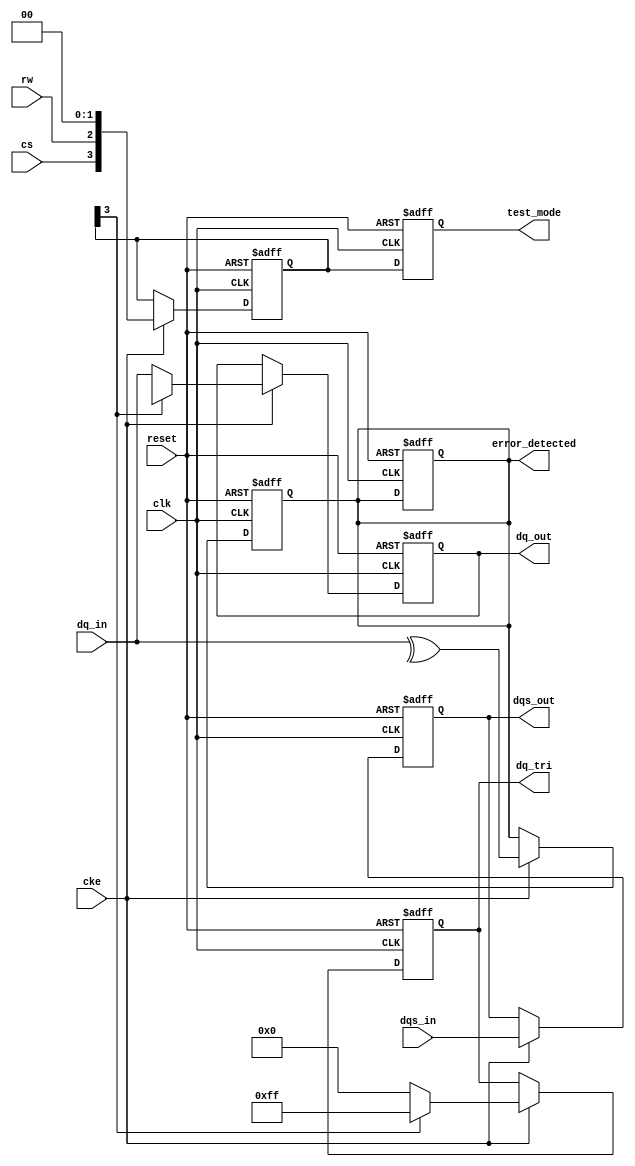
module gddr5_io_block (
    input wire clk,                // Clock input
    input wire reset,              // Reset signal
    input wire cke,                // Clock enable
    input wire cs,                 // Chip select
    input wire rw,                 // Read/Write control
    input wire [7:0] dq_in,        // Data input lines (8 bits)
    output reg [7:0] dq_out,       // Data output lines (8 bits)
    input wire [3:0] dqs_in,       // Data strobe input (differential)
    output reg [3:0] dqs_out,      // Data strobe output (differential)
    output reg [7:0] dq_tri,       // Tri-state control for data lines
    output reg error_detected,      // Error detection flag
    output reg [3:0] test_mode     // Test mode signals
);

    // Internal signals
    reg [7:0] data_buffer;          // Buffer for data
    reg dqs_strobe;                 // DQS strobe signal
    reg [3:0] command;              // Command register

    // Command decoder
    always @(posedge clk or posedge reset) begin
        if (reset) begin
            command <= 4'b0000;      // Reset command
        end else if (cke) begin
            command <= {cs, rw, 2'b00}; // Example command encoding
        end
    end

    // Data handling
    always @(posedge clk or posedge reset) begin
        if (reset) begin
            dq_out <= 8'b0;          // Clear output data
            dq_tri <= 8'b11111111;   // Tri-state all outputs
            error_detected <= 1'b0;   // Clear error flag
        end else if (cke) begin
            if (command[3] == 1'b0) begin // Write operation
                dq_out <= dq_in;      // Output data
                dq_tri <= 8'b00000000; // Enable data output
            end else begin // Read operation
                dq_out <= data_buffer; // Read data from buffer
                dq_tri <= 8'b11111111;  // Tri-state data output
            end
        end
    end

    // DQS handling
    always @(posedge clk or posedge reset) begin
        if (reset) begin
            dqs_out <= 4'b0;          // Clear DQS output
        end else if (cke) begin
            dqs_out <= {dqs_in[3:0]}; // Pass-through for DQS
        end
    end

    // Error detection (simple parity check for demonstration)
    always @(posedge clk or posedge reset) begin
        if (reset) begin
            error_detected <= 1'b0;   // Clear error flag
        end else if (cke) begin
            // Simple parity check (even parity)
            error_detected <= ^dq_in; // Check parity
        end
    end

    // Test mode handling
    always @(posedge clk or posedge reset) begin
        if (reset) begin
            test_mode <= 4'b0000;      // Clear test mode
        end else begin
            // Example test mode logic
            test_mode <= command[3:0]; // Example: mirror command to test mode
        end
    end

endmodule